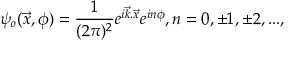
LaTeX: \psi _ { o } ( \vec { x } , \phi ) = \frac { 1 } { ( 2 \pi ) ^ { 2 } } e ^ { i \vec { k } . \vec { x } } e ^ { i n \phi } , n = 0 , \pm 1 , \pm 2 , . . . ,